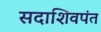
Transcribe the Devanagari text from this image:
सदाशिवपंत